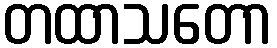
တထာသတော